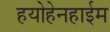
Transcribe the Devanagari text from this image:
हयोहेनहाईम